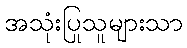
အသုံးပြုသူများသာ